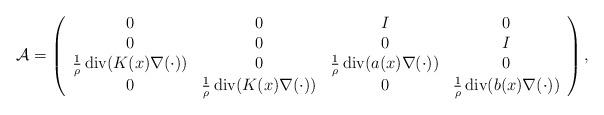
LaTeX: \begin{align*}\mathcal{A}=\left(\begin{array}{cccc}0 & 0 &I&0 \\0 & 0 & 0&I \\\frac{1}{\rho}\operatorname{div}(K(x) \nabla (\cdot)) & 0 & \frac{1}{\rho}\operatorname{div}(a(x) \nabla (\cdot)) &0\\0 &\frac{1}{\rho}\operatorname{div}(K(x) \nabla (\cdot)) & 0&\frac{1}{\rho}\operatorname{div}(b(x) \nabla (\cdot))\end{array}\right),\end{align*}